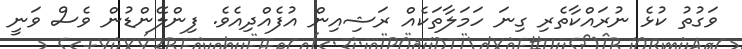
ވަގުތު ކުޅެ ނުރައްކާތެރި ގިނަ ހަމަލާތަކެއް ރަޝިއިން އުފެއްދިއެވެ. ފިންލޭންޑުން ވެސް ވަނީ